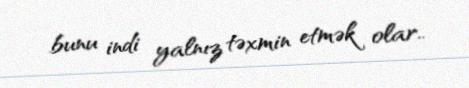
bunu indi yalnız təxmin etmək olar..